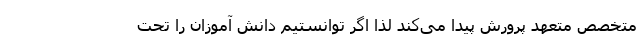
متخصصِ متعهد پرورش پیدا می‌کند لذا اگر توانستیم دانش آموزان را تحت